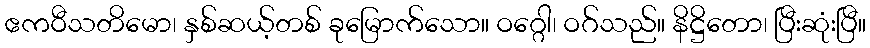
ဧကဝီသတိမော၊ နှစ်ဆယ့်တစ် ခုမြောက်သော။ ဝဂ္ဂေါ၊ ဝဂ်သည်။ နိဋ္ဌိတော၊ ပြီးဆုံးပြီ။